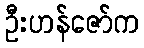
ဦးဟန်ဇော်က